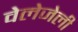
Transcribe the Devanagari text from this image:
वेलेजेली